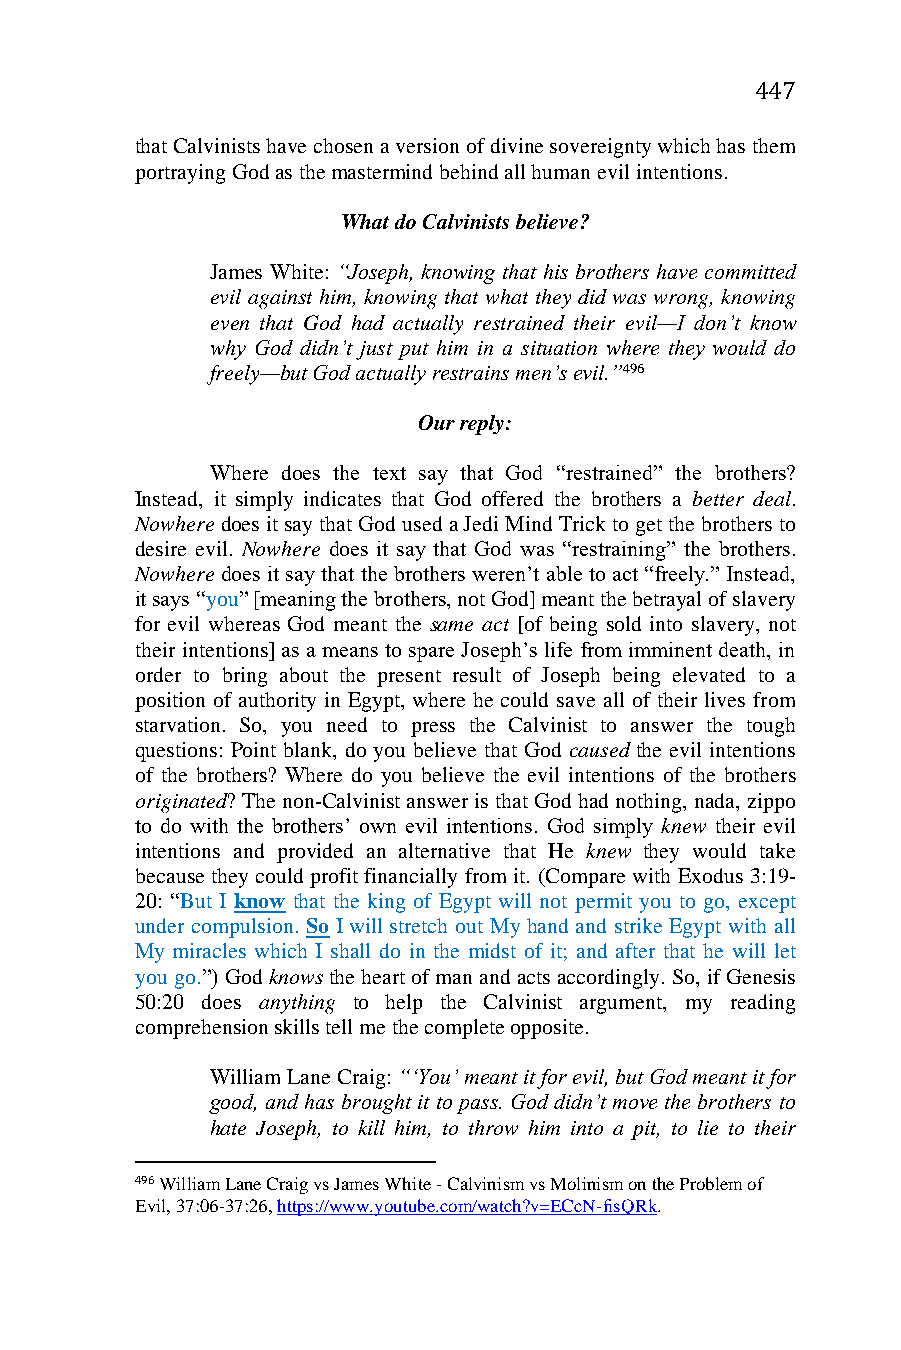
447
 that Calvinists have chosen a version of divine sovereignty which has them
 portraying God as the mastermind behind all human evil intentions.
 What do Calvinists believe?
 James White: “Joseph, knowing that his brothers have committed
 evil against him, knowing that what they did was wrong, knowing
 even that God had actually restrained their evil—I don’t know
 why God didn’t just put him in a situation where they would do
 freely—but God actually restrains men’s evil.”496
 Our reply:
 Where does the text say that God “restrained” the brothers?
 Instead, it simply indicates that God offered the brothers a better deal.
 Nowhere does it say that God used a Jedi Mind Trick to get the brothers to
 desire evil. Nowhere does it say that God was “restraining” the brothers.
 Nowhere does it say that the brothers weren’t able to act “freely.” Instead,
 it says “you” [meaning the brothers, not God] meant the betrayal of slavery
 for evil whereas God meant the same act [of being sold into slavery, not
 their intentions] as a means to spare Joseph’s life from imminent death, in
 order to bring about the present result of Joseph being elevated to a
 position of authority in Egypt, where he could save all of their lives from
 starvation. So, you need to press the Calvinist to answer the tough
 questions: Point blank, do you believe that God caused the evil intentions
 of the brothers? Where do you believe the evil intentions of the brothers
 originated? The non-Calvinist answer is that God had nothing, nada, zippo
 to do with the brothers’ own evil intentions. God simply knew their evil
 intentions and provided an alternative that He knew they would take
 because they could profit financially from it. (Compare with Exodus 3:19-
 20: “But I know that the king of Egypt will not permit you to go, except
 under compulsion. So I will stretch out My hand and strike Egypt with all
 My miracles which I shall do in the midst of it; and after that he will let
 you go.”) God knows the heart of man and acts accordingly. So, if Genesis
 50:20 does anything to help the Calvinist argument, my reading
 comprehension skills tell me the complete opposite.
 William Lane Craig: “‘You’ meant it for evil, but God meant it for
 good, and has brought it to pass. God didn’t move the brothers to
 hate Joseph, to kill him, to throw him into a pit, to lie to their
 496 William Lane Craig vs James White - Calvinism vs Molinism on the Problem of
 Evil, 37:06-37:26, https://www.youtube.com/watch?v=ECcN-fisQRk.